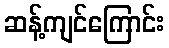
ဆန့်ကျင်ကြောင်း